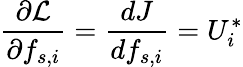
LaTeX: \frac{\partial\mathcal{L}}{\partial f_{s,i}}=\frac{dJ}{df_{s,i}}=U_{i}^{*}